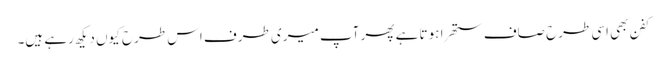
کفن بھی اسی طرح صاف ستھرا ہوتا ہے پھر آپ میری طرف اس طرح کیوں دیکھ رہے ہیں۔